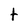
Character: t